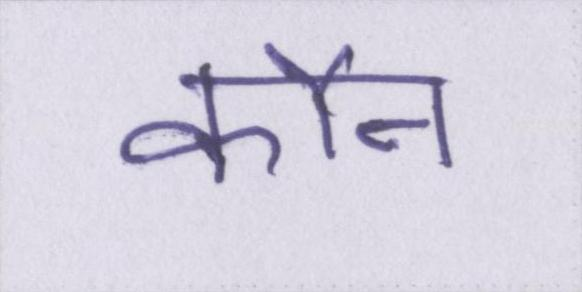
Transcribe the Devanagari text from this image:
कौन